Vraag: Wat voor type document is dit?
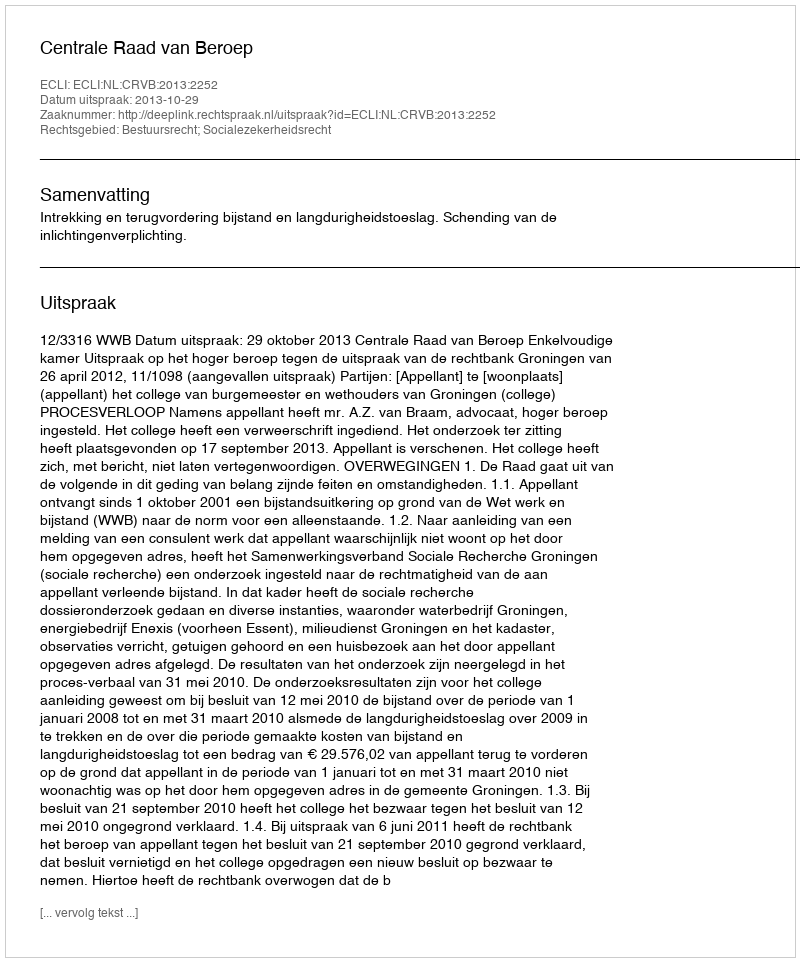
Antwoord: Uitspraak